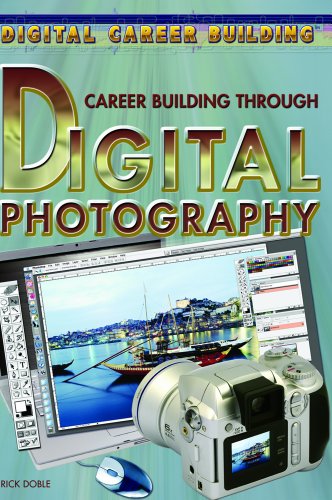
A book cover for Career Building Through Digital Photography (Digital Career Building); Rick Doble; Teen & Young Adult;